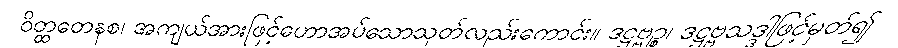
ဝိတ္ထတေနစ၊ အကျယ်အားဖြင့်ဟောအပ်သောသုတ်လည်းကောင်း။ ဒဋ္ဌဗ္ဗဉ္စ၊ ဒဋ္ဌဗ္ဗသဒ္ဒါဖြင့်မှတ်၍